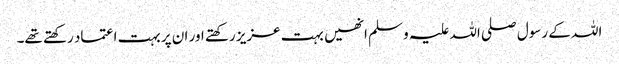
اللہ کے رسول صلی اللہ علیہ و سلم انھیں بہت عزیز رکھتے اور ان پر بہت اعتماد رکھتے تھے۔